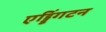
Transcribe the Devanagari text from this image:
एड्डिंगटन